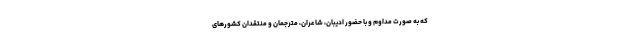
که به صورت مداوم و با حضور ادیبان، شاعران، مترجمان و منتقدان کشورهای